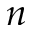
n